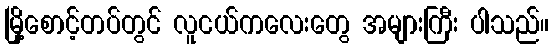
မြို့စောင့်တပ်တွင် လူငယ်ကလေးတွေ အများကြီး ပါသည်။